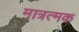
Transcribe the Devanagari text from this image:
मात्रत्मक